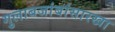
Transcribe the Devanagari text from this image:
गुलाबजांबांसारखा